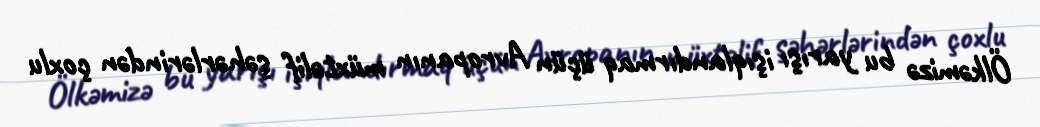
Ölkəmizə bu yarışı işıqlandırmaq üçün Avropanın müxtəlif şəhərlərindən çoxlu